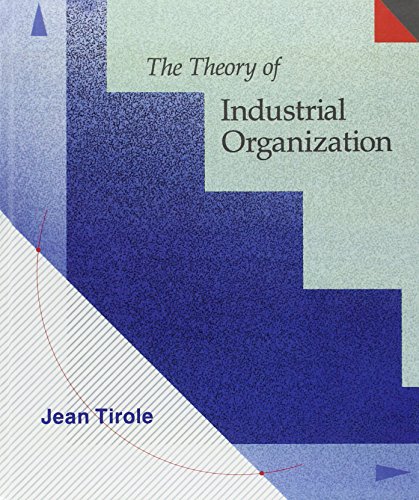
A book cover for The Theory of Industrial Organization; Jean Tirole; Business & Money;